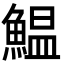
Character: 鰛